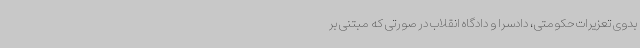
بدوی تعزیرات حکومتی، دادسرا و دادگاه انقلاب در صورتی که مبتنی بر